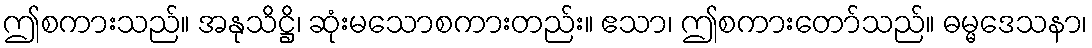
ဤစကားသည်။ အနုသိဋ္ဌိ၊ ဆုံးမသောစကားတည်း။ ဧသာ၊ ဤစကားတော်သည်။ ဓမ္မဒေသနာ၊